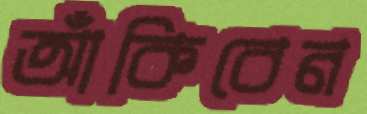
আঁকিবেন